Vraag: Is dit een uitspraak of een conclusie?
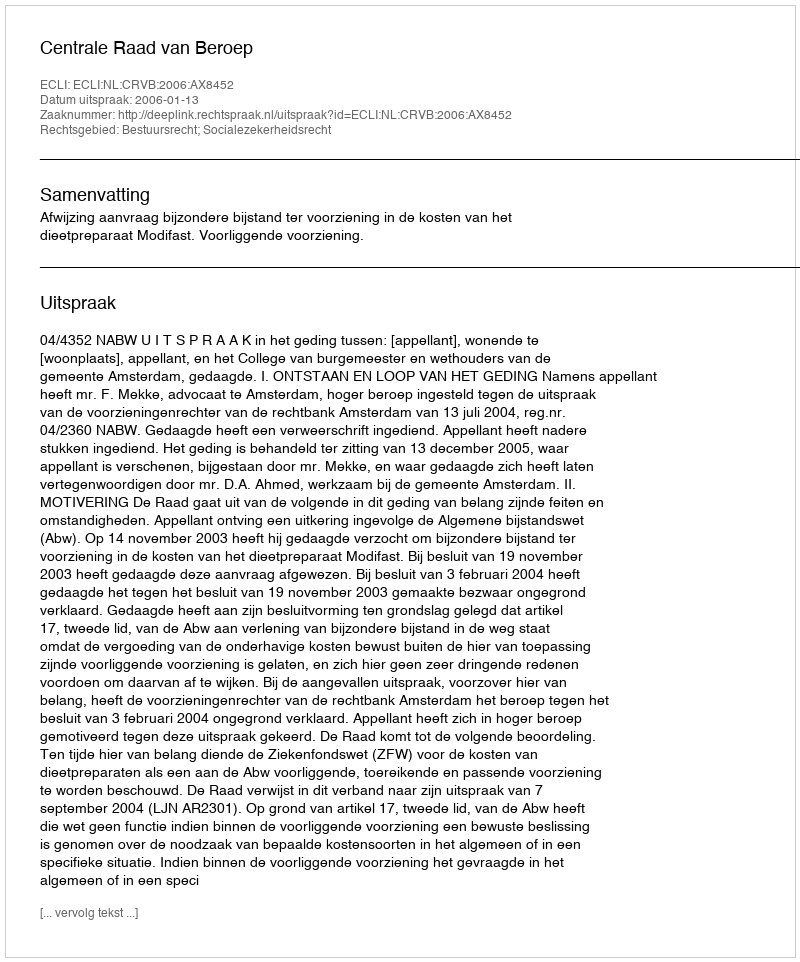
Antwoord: Uitspraak